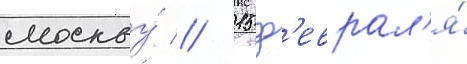
москву́ // 15 ф'еврал'я́